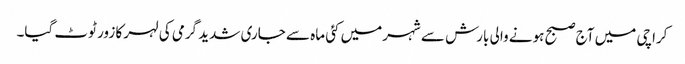
کراچی میں آج صبح ہونے والی بارش سے شہرمیں کئی ماہ سے جاری شدید گرمی کی لہر کا زور ٹوٹ گیا۔